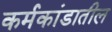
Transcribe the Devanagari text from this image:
कर्मकांडातील